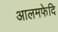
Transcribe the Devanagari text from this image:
आलमफेदि